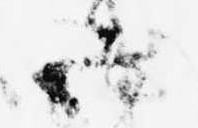
五